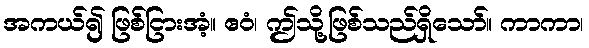
အကယ်၍ ဖြစ်ငြားအံ့။ ဧဝံ၊ ဤသို့ဖြစ်သည်ရှိသော်။ ကာကာ၊